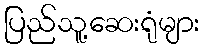
ပြည်သူ့ဆေးရုံများ